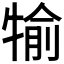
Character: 𤚎